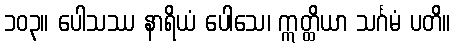
၁၀၃။ ပေါသဿ နာရိယံ ပေါသေ၊ ဣတ္ထိယာ သင်္ဂမံ ပတိ။